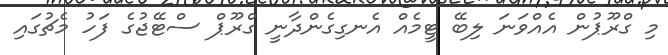
މި ގްރޫޕުން އެއްވަނަ ލިބޭ ޓީމެއް އެނގިގެންދާނީ ގްރޫޕް ސްޓޭޖުގެ ފަހު މެޗުގައި